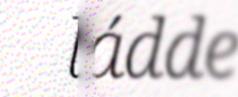
ládde